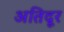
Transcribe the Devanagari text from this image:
अतिदूर